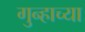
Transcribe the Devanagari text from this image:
गुन्हाच्या